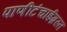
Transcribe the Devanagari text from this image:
पाणीटंचाईग्रस्त